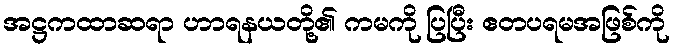
အဋ္ဌကထာဆရာ ဟာရနယတို့၏ ကမကို ပြပြီး ဧတပရမအဖြစ်ကို